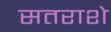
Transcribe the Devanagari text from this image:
सतराशे